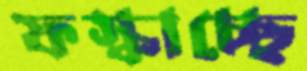
ফস্‌কাচ্ছে